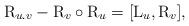
LaTeX: \begin{align*}\mathrm{R}_{u.v}-\mathrm{R}_v\circ\mathrm{R}_u=[\mathrm{L}_u, \mathrm{R}_v ],\end{align*}